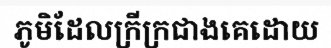
ភូមិដែលក្រីក្រជាងគេដោយ